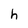
Character: h